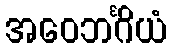
အဝေဘင်္ဂိယံ